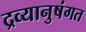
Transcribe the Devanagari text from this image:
द्रव्यानुषंगत